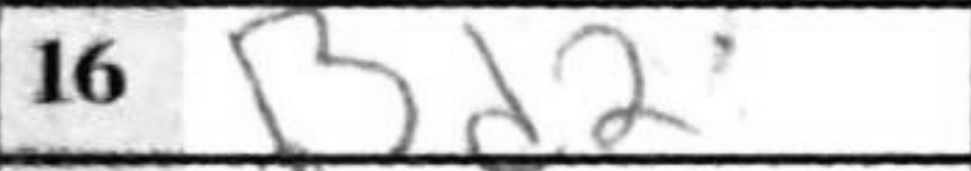
Transcription: Bd2